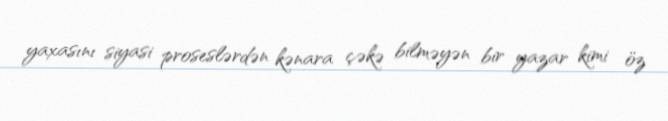
yaxasını siyasi proseslərdən kənara çəkə bilməyən bir yazar kimi öz